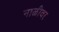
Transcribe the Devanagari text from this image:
नाळीवर